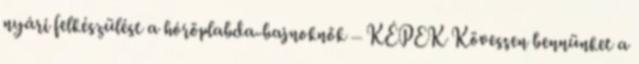
nyári felkészülést a hóröplabda-bajnoknők – KÉPEK Kövessen bennünket a